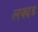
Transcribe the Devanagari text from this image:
लक्दड